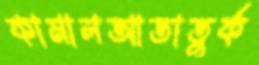
কামালআতাতুর্ক